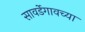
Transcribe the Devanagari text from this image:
सावर्डेगावच्या